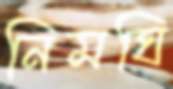
নিমঘি